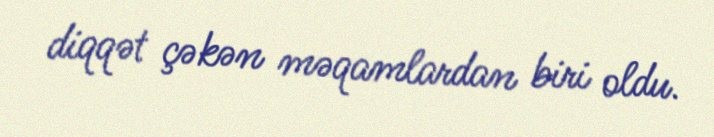
diqqət çəkən məqamlardan biri oldu.